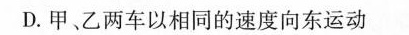
D.甲、乙两车以相同的速度向东运动